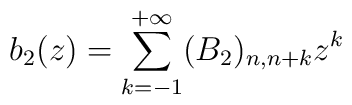
b_2(z) = \sum^{+\infty}_{k=-1} (B_2)_{n,n+k}z^k